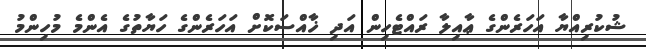
ޝުކުރިއްޔާ އަހަރެންގެ ޢާއިލާ ރައްޓެހިން އަދި ޚާއްސަކޮށް އަހަރެންގެ ހަޔާތުގެ އެންމެ މުހިންމު